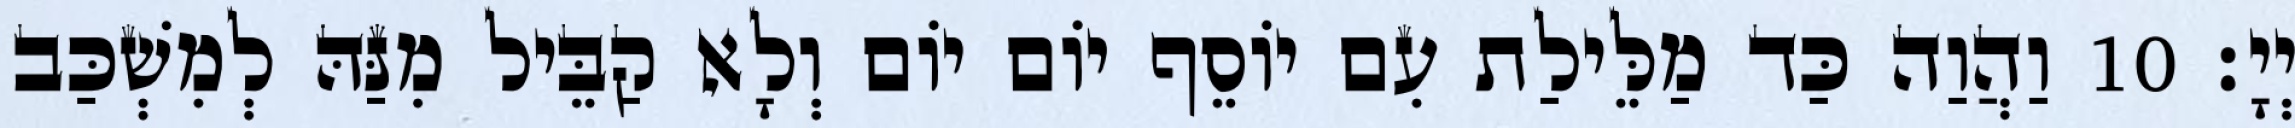
יְיָ׃ 10 וַהֲוַה כַּד מַלֵּילַת עִם יוֹסֵף יוֹם יוֹם וְלָא קַבֵּיל מִנַּהּ לְמִשְׁכַּב